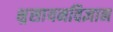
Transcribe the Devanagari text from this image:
क्ष्रसायनविज्ञान